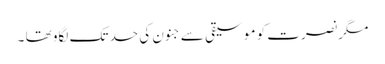
مگر نصرت کو موسیقی سے جنون کی حد تک لگاو تھا ۔